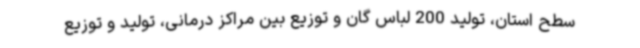
سطح استان، تولید 200 لباس گان و توزیع بین مراکز درمانی، تولید و توزیع